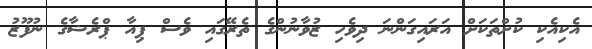
އެކިއެކި ކުށްތަކަށް އަރައިގަންނަ ދިވެހި ޒުވާނުންގެ ތެރޭގައި ވެސް ޕިއާ ޕްރެޝާގެ ނުފޫޒު